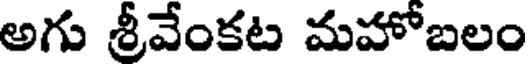
అగు శ్రీవేంకట మహోబలం